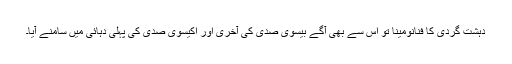
دہشت گردی کا فنانومینا تو اس سے بھی آگے بیسوی صدی کی آخری اور اکیسوی صدی کی پہلی دہائی میں سامنے آیا۔